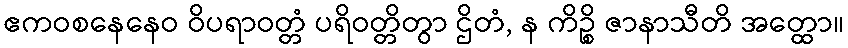
ဧကဝစနေနေဝ ဝိပရာဝတ္တံ ပရိဝတ္တိတွာ ဌိတံ, န ကိဉ္စိ ဇာနာသီတိ အတ္ထော။